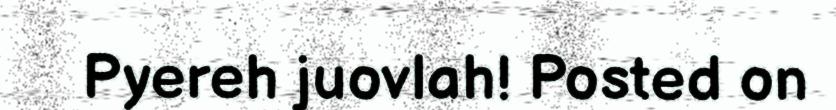
Pyereh juovlah! Posted on